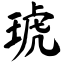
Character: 琥